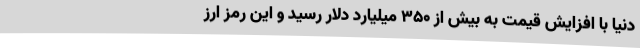
دنیا با افزایش قیمت به بیش از ۳۵۰ میلیارد دلار رسید و این رمز ارز